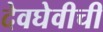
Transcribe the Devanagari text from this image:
देवघेवीची